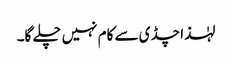
لہٰذا چڈی سے کام نہیں چلے گا۔